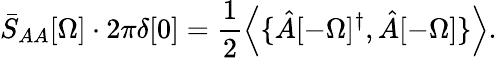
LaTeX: \bar{S}_{AA}[\Omega]\cdot 2\pi\delta[0]=\frac{1}{2}\left\langle{\{ \hat{A}[-\Omega]^{\dagger},\hat{A}[-\Omega]\} }\right\rangle.